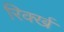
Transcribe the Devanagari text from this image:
रिर्क्ख